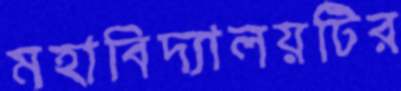
মহাবিদ্যালয়টির